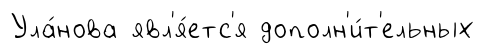
Ула́нова явл'я́етс'я дополн'и́т'ельных